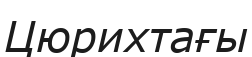
Цюрихтағы